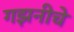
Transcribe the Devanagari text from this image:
गझनीचे